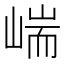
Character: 㟨